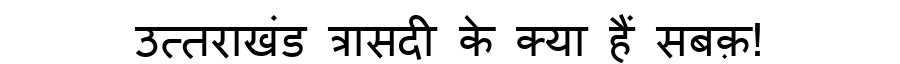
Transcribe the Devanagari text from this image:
उत्तराखंड त्रासदी के क्या हैं सबक़!